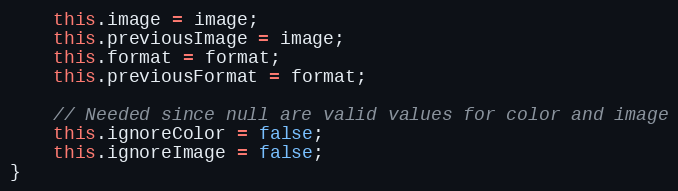
Language: JavaScript
	this.image = image;
	this.previousImage = image;
	this.format = format;
	this.previousFormat = format;

	// Needed since null are valid values for color and image
	this.ignoreColor = false;
	this.ignoreImage = false;
}